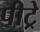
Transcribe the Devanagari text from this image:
पीट्रे